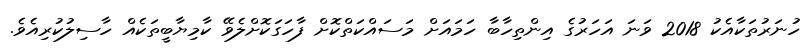
ހުނަރުތަކާއެކު 2018 ވަނަ އަހަރުގެ އިންތިހާބާ ހަމައަށް މަސައްކަތްކޮށް ފާހަގަކޮށްލެވޭ ކާމިޔާބީތަކެއް ހާސިލުކުރިއެވެ.